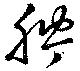
紵